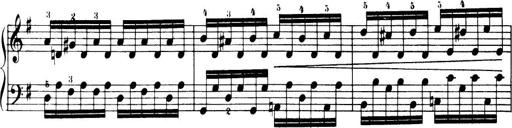
Title: 32 Sonatinas and Rondos for the Piano
Composer: Richard Kleinmichel